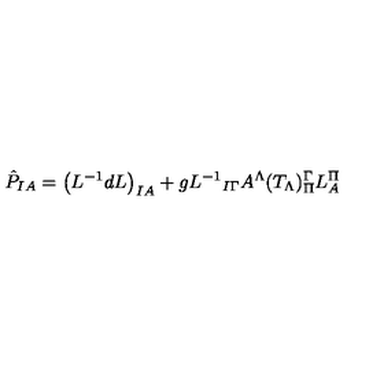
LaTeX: \hat { P } _ { I A } = { \left( L ^ { - 1 } d L \right) } _ { I A } + g { L ^ { - 1 } } _ { I \Gamma } A ^ { \Lambda } ( T _ { \Lambda } ) _ { \Pi } ^ { \Gamma } L _ { A } ^ { \Pi }